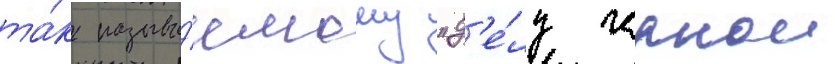
та́к называ́емому "д'е́лу чернои